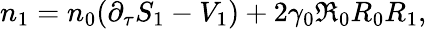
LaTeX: n_{1}=n_{0}{\left(\partial_{\tau}S_{1}-V_{1}\right)}+2\gamma_{0}{\mathfrak R}_{0}R_{0}R_{1},